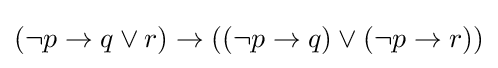
(\neg p\to q\lor r)\to ((\neg p\to q)\lor (\neg p\to r))